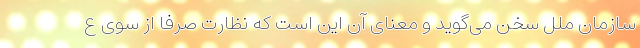
سازمان ملل سخن می‌گوید و معنای آن این است که نظارت صرفاً از سوی ع